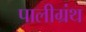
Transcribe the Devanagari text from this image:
पालीग्रंथ